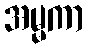
အမ္မကာ